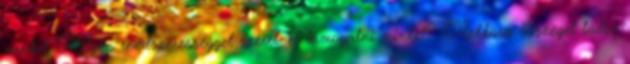
minket Milyen rendszerességgel szeretnél támogatni minket? Mekkora összeget tudsz